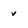
Character: v